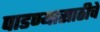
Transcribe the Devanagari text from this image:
पाडण्यासाठीचे